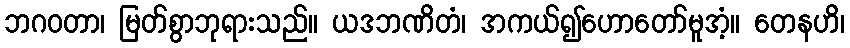
ဘဂဝတာ၊ မြတ်စွာဘုရားသည်။ ယဒဘဏိတံ၊ အကယ်၍ဟောတော်မူအံ့။ တေနဟိ၊